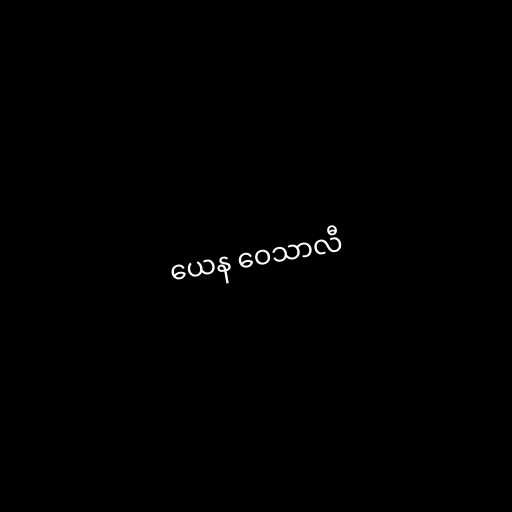
ယေန ဝေသာလီ